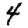
Digit: 4